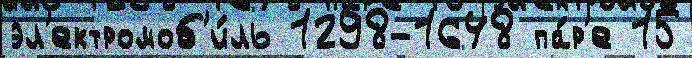
эл'ектромоб'и́ль 1298-1648 па́р'е 15